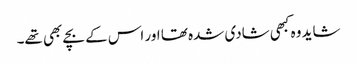
شاید وہ کبھی شادی شدہ تھا اور اس کے بچے بھی تھے۔